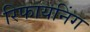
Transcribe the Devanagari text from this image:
रिफायनिंग